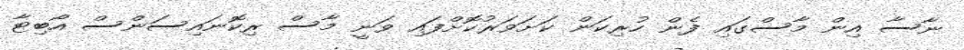
ނާސާ އިން މާސްގައި ފެން ހުރިކަން ކަށަވަރުކޮށްފައި ވަނީ މާސް ރިކޮނައިސަންސް އޯބިޓާ